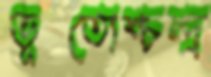
ভূতোশ্চন্দ্র